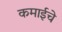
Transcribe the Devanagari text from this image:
कमाईचे